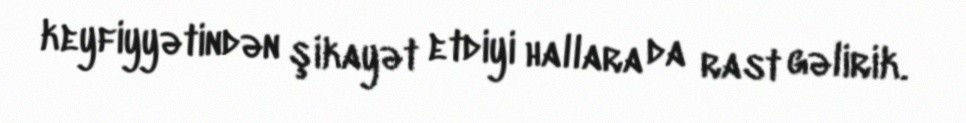
keyfiyyətindən şikayət etdiyi hallara da rast gəlirik.